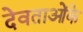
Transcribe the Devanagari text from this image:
देवताओंके